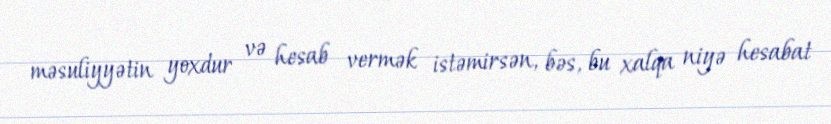
məsuliyyətin yoxdur və hesab vermək istəmirsən, bəs, bu xalqa niyə hesabat